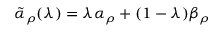
{ \tilde { \alpha } } _ { \rho } ( \lambda ) = \lambda \alpha _ { \rho } + ( 1 - \lambda ) \beta _ { \rho }